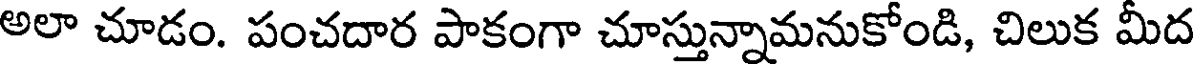
అలా చూడం. పంచదార పాకంగా చూస్తున్నామనుకోండి, చిలుక మీద